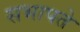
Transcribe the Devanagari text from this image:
सभापते